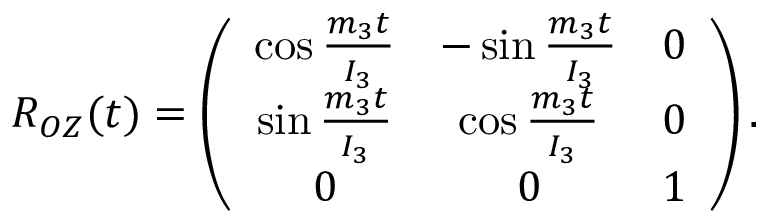
\begin{array} { r } { R _ { O Z } ( t ) = \left( \begin{array} { c c c } { \cos \frac { m _ { 3 } t } { I _ { 3 } } } & { - \sin \frac { m _ { 3 } t } { I _ { 3 } } } & { 0 } \\ { \sin \frac { m _ { 3 } t } { I _ { 3 } } } & { \cos \frac { m _ { 3 } t } { I _ { 3 } } } & { 0 } \\ { 0 } & { 0 } & { 1 } \end{array} \right) . } \end{array}